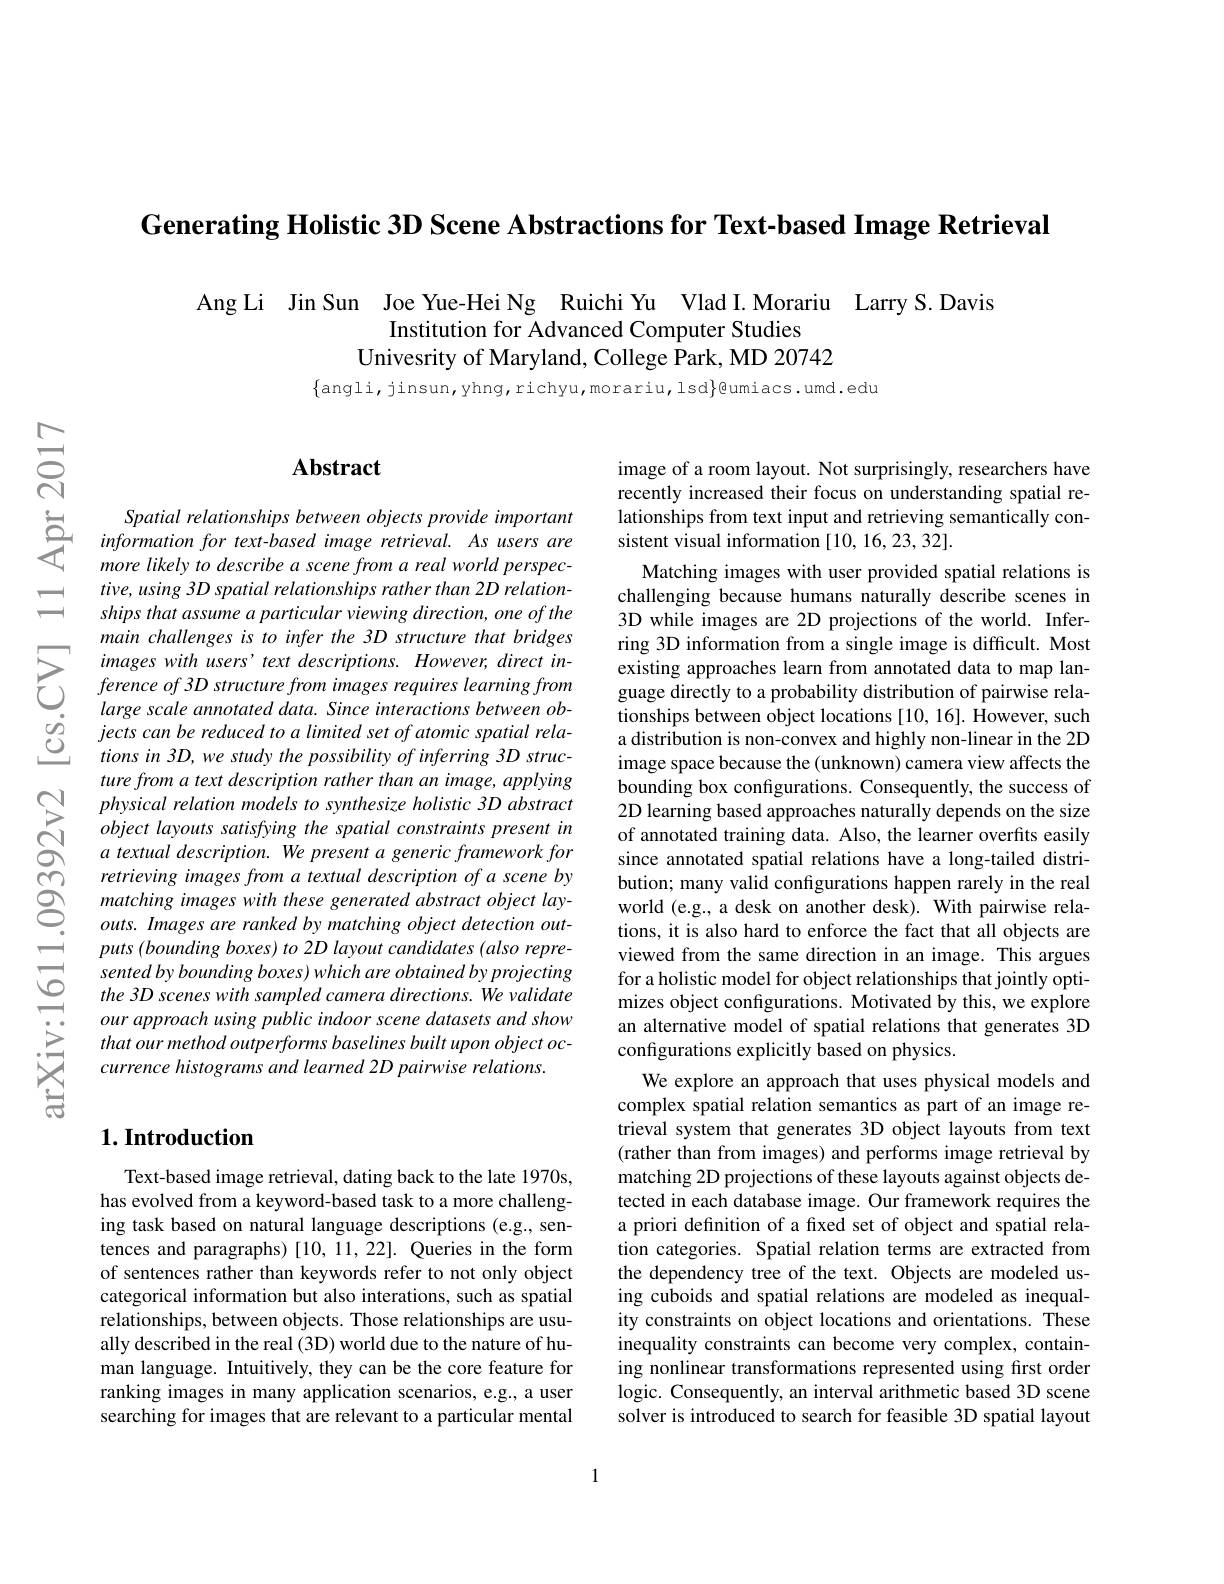
Generating Holistic 3D Scene Abstractions for Text-based Image Retrieval

Ang Li Jin Sun Joe Yue-Hei Ng Ruichi Yu Vlad I.Morariu Larry S.Davis
Institution for Advanced Computer Studies
Univesrity of Maryland, College Park, MD 20742

$\{$angli,jinsun,yhng,richyu,morariu,lsd$\}$@umiacs.umd.edu

## $\mathbf{Abstract}$

Spatial relationships between objects provide important information for text- based image retrieval. As users are more likely to describe a scene from a real world perspec-
$tive, using3Dspatial\textit{relationships rather than 2D relation- }$ ships that assume a particular viewing direction, one of the main challenges is to infer the 3D structure that bridges images with users' text descriptions. However, direct inference of 3D structure from images requires learning from large scale annotated data. Since interactions between objects can be reduced to a limited set of atomic spatial relations in 3D, we study the possibility of inferring 3D structure from a text description rather than an image, applying physical relation models to synthesize holistic 3D abstract object layouts satisfying the spatial constraints present in a textual description. We present a generic framework for retrieving images from a textual description of a scene by matching images with these generated abstract object layouts. Images are ranked by matching object detection out- $puts(boundingboxes)to2Dlayoutcandidates(alsorepre-$ sented by bounding boxes) which are obtained by projecting the 3D scenes with sampled camera directions. We validate our approach using public indoor scene datasets and show that our method outperforms baselines built upon object occurrence histograms and learned 2D pairwise relations.

## $1. \textbf{Introduction}$

Text-based image retrieval, dating back to the late 1970s, has evolved from a keyword-based task to a more challenging task based on natural language descriptions (e.g., sentences and paragraphs)[10, 11, 22]. Queries in the form of sentences rather than keywords refer to not only object categorical information but also interations, such as spatial relationships, between objects. Those relationships are usually described in the real (3D) world due to the nature of human language. Intuitively, they can be the core feature for ranking images in many application scenarios, e.g., a user searching for images that are relevant to a particular mental

image of a room layout. Not surprisingly, researchers have recently increased their focus on understanding spatial relationships from text input and retrieving semantically consistent visual information [10, 16,23, 32].

Matching images with user provided spatial relations is challenging because humans naturally describe scenes in 3D while images are 2D projections of the world. Inferring 3D information from a single image is difficult. Most existing approaches learn from annotated data to map language directly to a probability distribution of pairwise relationships between object locations [10, 16]. However, such a distribution is non-convex and highly non-linear in the 2D image space because the (unknown) camera view affects the bounding box configurations. Consequently, the success of 2D learning based approaches naturally depends on the size of annotated training data. Also, the learner overfits easily since annotated spatial relations have a long-tailed distribution; many valid configurations happen rarely in the real world (e.g., a desk on another desk). With pairwise relations, it is also hard to enforce the fact that all objects are viewed from the same direction in an image. This argues for a holistic model for object relationships that jointly optimizes object configurations. Motivated by this, we explore an alternative model of spatial relations that generates 3D configurations explicitly based on physics.
We explore an approach that uses physical models and complex spatial relation semantics as part of an image retrieval system that generates 3D object layouts from text (rather than from images) and performs image retrieval by matching 2D projections of these layouts against objects detected in each database image. Our framework requires the a priori defnition of a fxed set of object and spatial relation categories. Spatial relation terms are extracted from the dependency tree of the text. Objects are modeled using cuboids and spatial relations are modeled as inequality constraints on object locations and orientations. These inequality constraints can become very complex, containing nonlinear transformations represented using first order logic. Consequently, an interval arithmetic based 3D scene solver is introduced to search for feasible 3D spatial layout